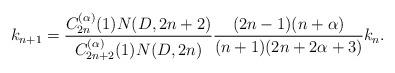
LaTeX: \begin{align*} k_{n + 1} = \frac{C^{(\alpha)}_{2 n} (1) N (D, 2 n + 2)}{C^{(\alpha)}_{2 n + 2} (1) N (D, 2 n)} \frac{(2 n - 1) (n + \alpha)}{(n + 1) (2 n + 2 \alpha + 3)} k_n . \end{align*}